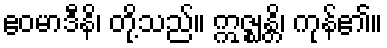
ဧဝမာဒီနိ၊ တို့သည်။ ဣဇ္ဈန္တိ၊ ကုန်၏။